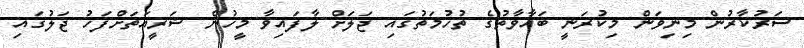
ސަރުކާރުން މިނިވަން މިކުރަނީ ބަޣާވާތުގެ ތުހުމަތުގައި ޖަލަށް ލާފައިވާ މީހުން ޝަރީއަތަށްފަހު ޖަލުގައި